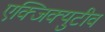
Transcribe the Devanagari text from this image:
एक्जिक्युटीव